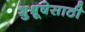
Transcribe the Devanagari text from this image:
शुश्रूषेसाठी